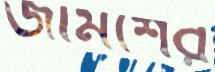
জামশের